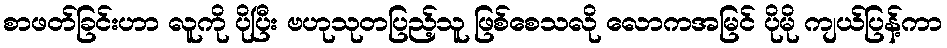
စာဖတ်ခြင်းဟာ လူကို ပိုပြီး ဗဟုသုတပြည့်သူ ဖြစ်စေသလို လောကအမြင် ပိုမို ကျယ်ပြန့်ကာ